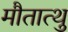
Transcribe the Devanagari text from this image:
मौतात्थु